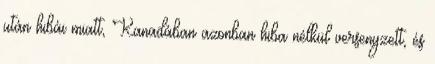
után hibái miatt, Kanadában azonban hiba nélkül versenyzett, és